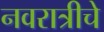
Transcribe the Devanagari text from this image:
नवरात्रीचे